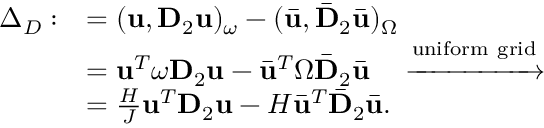
\begin{array} { r l } { \Delta _ { D } : } & { = ( \mathbf { u } , \mathbf { D } _ { 2 } \mathbf { u } ) _ { \omega } - ( \bar { \mathbf { u } } , \bar { \mathbf { D } } _ { 2 } \bar { \mathbf { u } } ) _ { \Omega } } \\ & { = \mathbf { u } ^ { T } \boldsymbol { \omega } \mathbf { D } _ { 2 } \mathbf { u } - \bar { \mathbf { u } } ^ { T } \boldsymbol { \Omega } \bar { \mathbf { D } } _ { 2 } \bar { \mathbf { u } } \quad \xrightarrow { \mathrm { u n i f o r m ~ g r i d } } } \\ & { = \frac { H } { J } \mathbf { u } ^ { T } \mathbf { D } _ { 2 } \mathbf { u } - H \bar { \mathbf { u } } ^ { T } \bar { \mathbf { D } } _ { 2 } \bar { \mathbf { u } } . } \end{array}